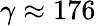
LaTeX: \gamma\approx 176